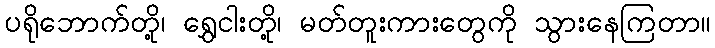
ပရိုဘောက်တို့၊ ရွှေငါးတို့၊ မတ်တူးကားတွေကို သွားနေကြတာ။